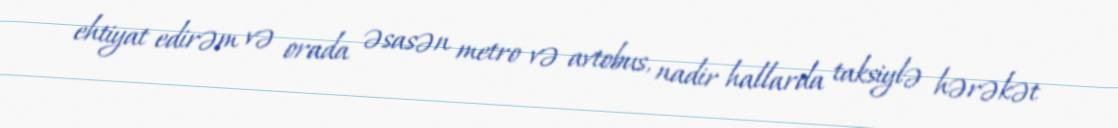
ehtiyat edirəm və orada əsasən metro və avtobus, nadir hallarda taksiylə hərəkət